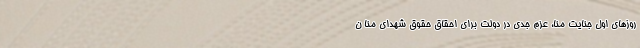
روزهای اول جنایت منا، عزم جدی در دولت برای احقاق حقوق شهدای منا ن